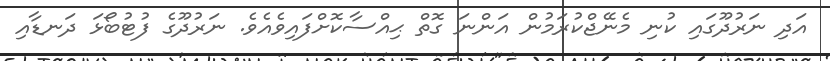
އަދި ނަރުދޫގައި ކުނި މެނޭޖްކުރަމުން އަންނަ ގޮތް ޙިއްސާކޮށްފައިވެއެވެ. ނަރުދޫގެ ފުޓުބޯޅަ ދަނޑާއި